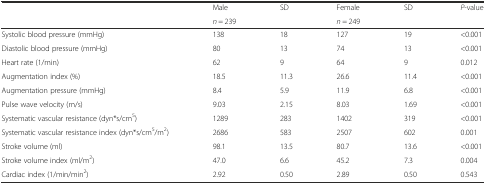
<table><thead><tr><td></td><td><b>Male</b></td><td><b>SD</b></td><td><b>Female</b></td><td><b>SD</b></td><td><b><i>P</i>-value</b></td></tr><tr><td></td><td><b><i>n</i> = 239</b></td><td></td><td><b><i>n</i> = 249</b></td><td></td><td></td></tr></thead><tbody><tr><td>Systolic blood pressure (mmHg)</td><td>138</td><td>18</td><td>127</td><td>19</td><td>&lt;0.001</td></tr><tr><td>Diastolic blood pressure (mmHg)</td><td>80</td><td>13</td><td>74</td><td>13</td><td>&lt;0.001</td></tr><tr><td>Heart rate (1/min)</td><td>62</td><td>9</td><td>64</td><td>9</td><td>0.012</td></tr><tr><td>Augmentation index (%)</td><td>18.5</td><td>11.3</td><td>26.6</td><td>11.4</td><td>&lt;0.001</td></tr><tr><td>Augmentation pressure (mmHg)</td><td>8.4</td><td>5.9</td><td>11.9</td><td>6.8</td><td>&lt;0.001</td></tr><tr><td>Pulse wave velocity (m/s)</td><td>9.03</td><td>2.15</td><td>8.03</td><td>1.69</td><td>&lt;0.001</td></tr><tr><td>Systematic vascular resistance (dyn*s/cm<sup>5</sup>)</td><td>1289</td><td>283</td><td>1402</td><td>319</td><td>&lt;0.001</td></tr><tr><td>Systematic vascular resistance index (dyn*s/cm<sup>5</sup>/m<sup>2</sup>)</td><td>2686</td><td>583</td><td>2507</td><td>602</td><td>0.001</td></tr><tr><td>Stroke volume (ml)</td><td>98.1</td><td>13.5</td><td>80.7</td><td>13.6</td><td>&lt;0.001</td></tr><tr><td>Stroke volume index (ml/m<sup>2</sup>)</td><td>47.0</td><td>6.6</td><td>45.2</td><td>7.3</td><td>0.004</td></tr><tr><td>Cardiac index (1/min/min<sup>2</sup>)</td><td>2.92</td><td>0.50</td><td>2.89</td><td>0.50</td><td>0.543</td></tr></tbody></table>